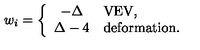
w _ { i } = \left\{ \begin{array} { c l } { - \Delta } & { \mathrm { V E V , } } \\ { \Delta - 4 } & { \mathrm { d e f o r m a t i o n . } } \\ \end{array} \right.